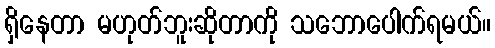
ရှိနေတာ မဟုတ်ဘူးဆိုတာကို သဘောပေါက်ရမယ်။